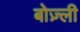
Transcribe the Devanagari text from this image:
बोज़्ली